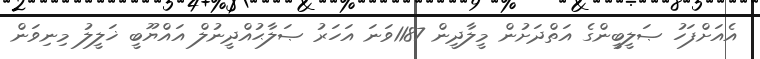
އެއަށްފަހު ޞަލީބީންގެ އަތްދަށުން މީލާދީން 1187ވަނަ އަހަރު ޞަލާޙުއްދީނުލް އައްޔޫބީ ޚަލީލު މިނިވަން